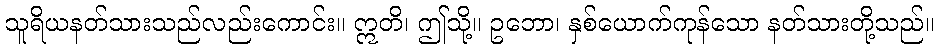
သူရိယနတ်သားသည်လည်းကောင်း။ ဣတိ၊ ဤသို့။ ဥဘော၊ နှစ်ယောက်ကုန်သော နတ်သားတို့သည်။